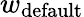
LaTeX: w_{\mathrm{default}}